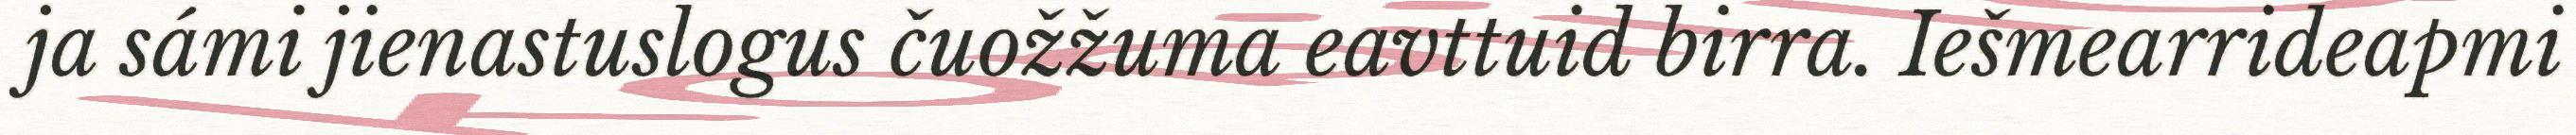
ja sámi jienastuslogus čuožžuma eavttuid birra. Iešmearrideapmi